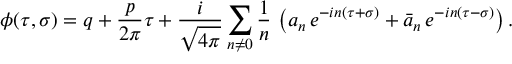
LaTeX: \phi ( \tau , \sigma ) = q + \frac { p } { 2 \pi } \tau + \frac { i } { \sqrt { 4 \pi } } \sum _ { n \neq 0 } \frac { 1 } { n } \, \left( { a _ { n } } \, e ^ { - i n ( \tau + \sigma ) } + { \bar { a } _ { n } } \, e ^ { - i n ( \tau - \sigma ) } \right) .